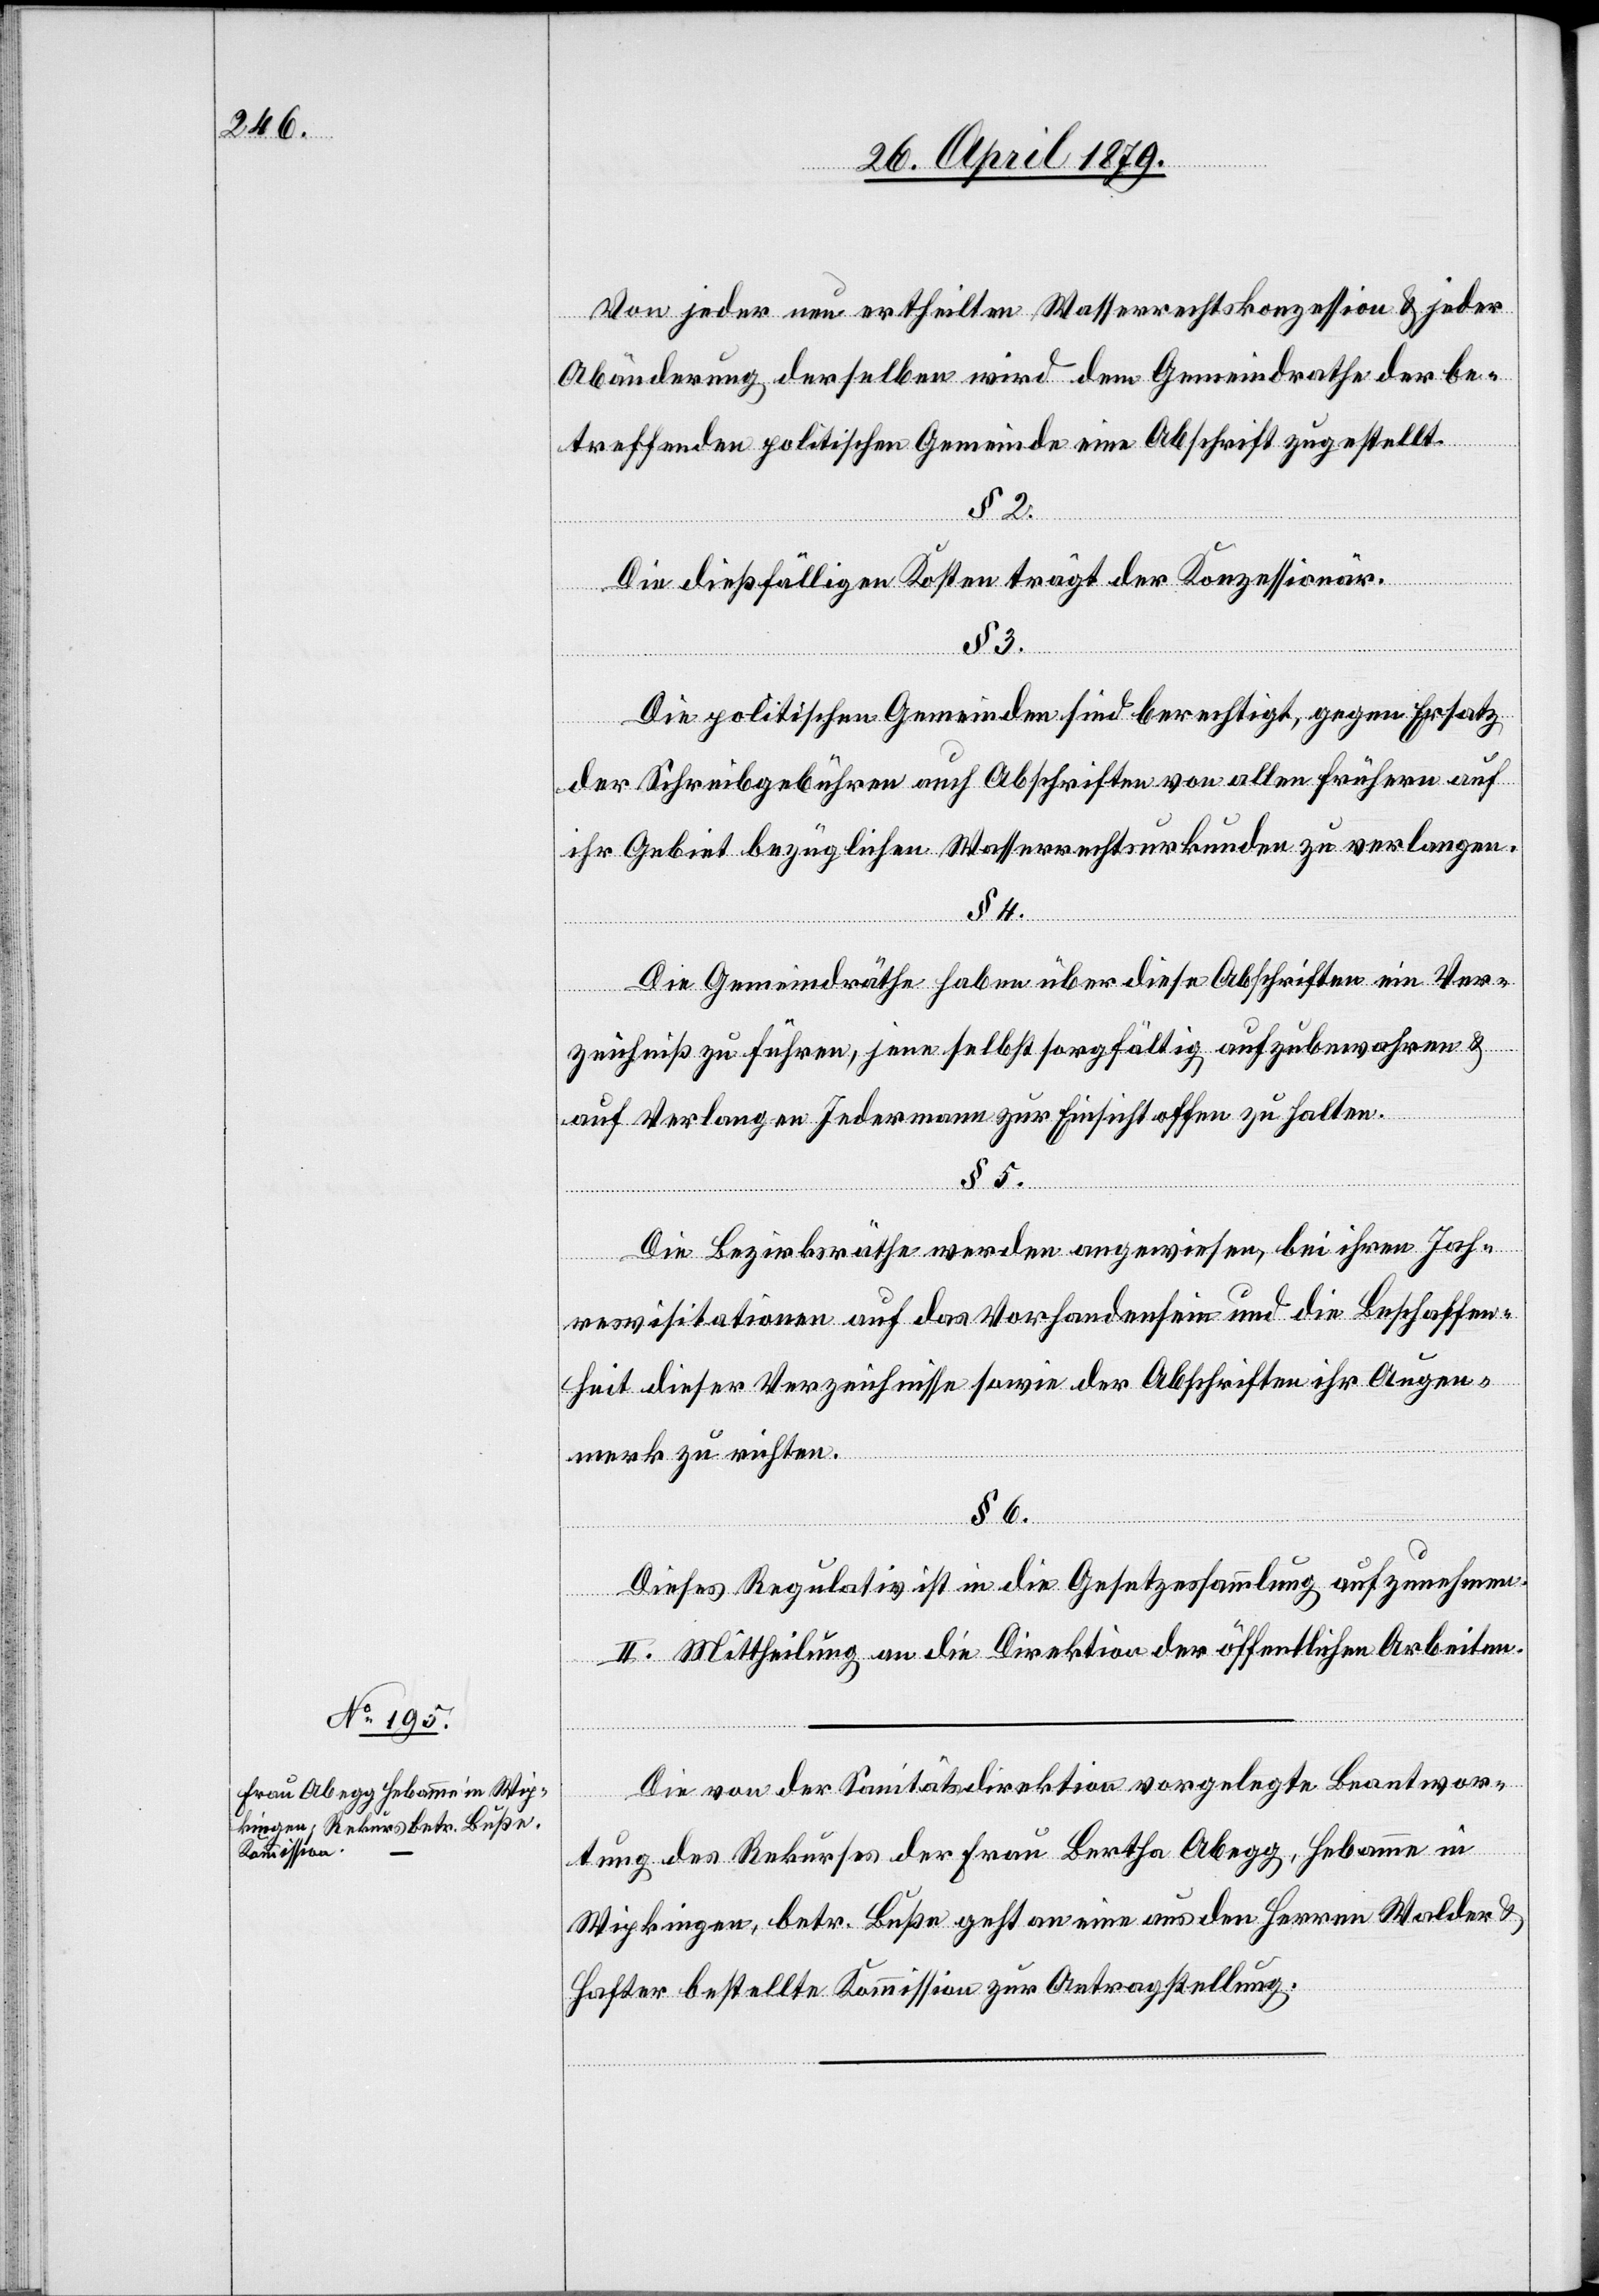
Von jeder neu ertheilten Wasserrechtskonzession & jeder
Abänderung derselben wird dem Gemeindrathe der be¬
treffenden politischen Gemeinde eine Abschrift zugestellt.
§ 2.
Die dießfälligen Kosten trägt der Konzessionär.
3.
Die politischen Gemeinden sind berechtigt, gegen Ersatz
der Schreibgebühren auch Abschriften von allen frühern auf
ihr Gebiet bezüglichen Wasserrechtsurkunden zu verlangen.
§ 4.
Die Gemeindräthe haben über diese Abschriften ein Ver¬
zeichniß zu führen, jene selbst sorgfältig aufzubewahren &
auf Verlangen Jedermann zur Einsicht offen zu halten.
§ 5.
Die Bezirksräthe werden angewiesen, bei ihren Jah¬
resvisitationen auf das Vorhandensein und die Beschaffen¬
heit dieser Verzeichnisse sowie der Abschriften ihr Augen¬
merk zu richten.
§ 6.
Dieses Regulativ ist in die Gesetzessammlung aufzunehmen.
II. Mittheilung an die Direktion der öffentlichen Arbeiten.
Die von der Sanitätsdirektion vorgelegte Beantwor¬
tung des Rekurses der Frau Bertha Abegg, Hebamme in
Wipkingen, betr. Buße geht an eine aus den Herren Walder &
Hafter bestellte Kommission zur Antragstellung.